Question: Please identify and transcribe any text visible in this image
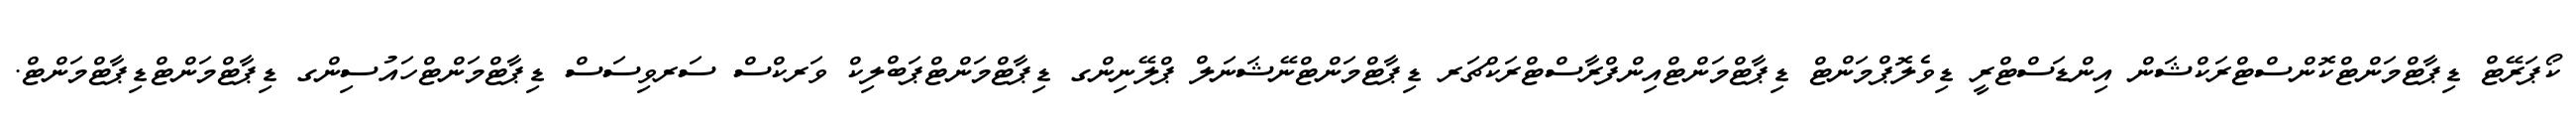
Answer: ކޯޕަރޭޓް ޑިޕާޓްމަންޓްކޮންސްޓްރަކްޝަން އިންޑަސްޓްރީ ޑިވެލޮޕްމަންޓް ޑިޕާޓްމަންޓްއިންފްރާސްޓްރަކްޗަރ ޑިޕާޓްމަންޓްނޭޝަނަލް ޕްލޭނިންގ ޑިޕާޓްމަންޓްޕަބްލިކް ވަރކްސް ސަރވިސަސް ޑިޕާޓްމަންޓްހައުސިންގ ޑިޕާޓްމަންޓްޑިޕާޓްމަންޓް.